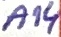
Text: A14